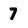
Character: 7